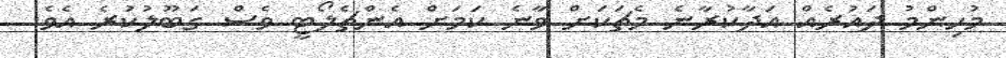
މުހިންމު ދައުރެއް އަދާކުރާނެ މެޗަކަށް ވާނެ ކަމަށް އެންޗެލޯޓީ ވެސް ގަބޫލުކުރެ އެވެ.